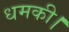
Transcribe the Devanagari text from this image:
धमकी।